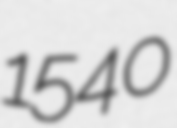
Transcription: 1540